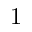
\bar { 1 }